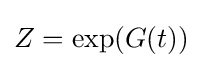
Z=\exp(G(t))